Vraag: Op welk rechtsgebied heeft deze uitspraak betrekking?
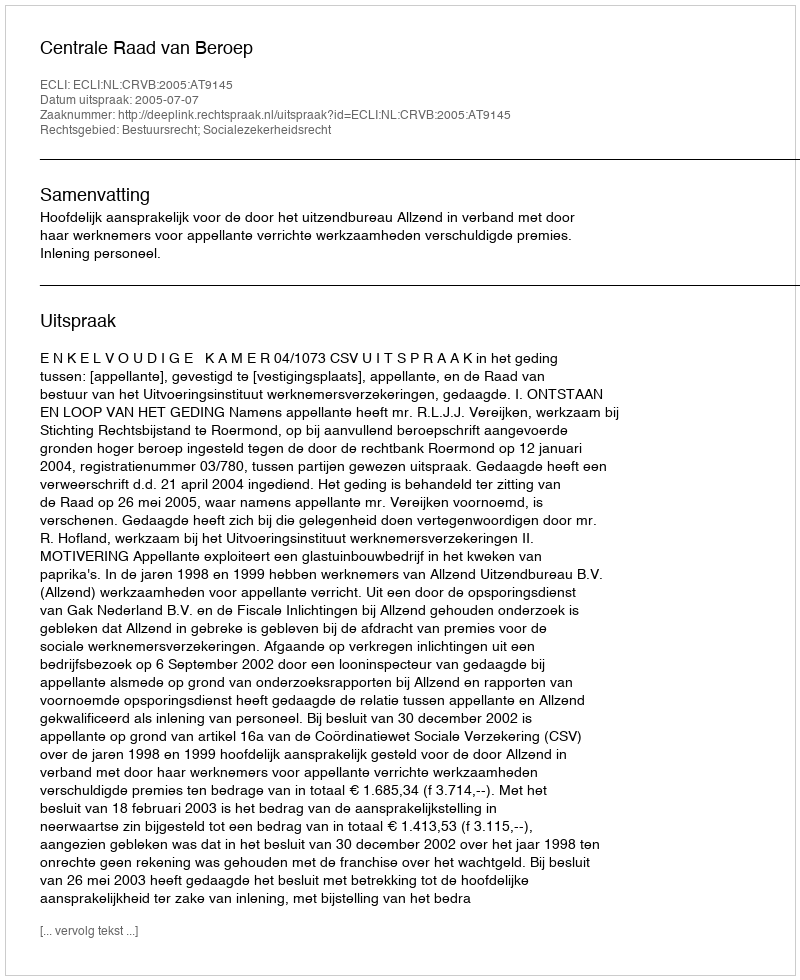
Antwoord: Bestuursrecht; Socialezekerheidsrecht